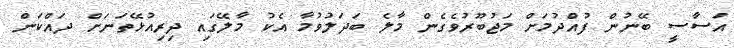
އަސާސީ ބޭނުން ފުއްދުމަށް މަޖުބޫރުވެގެން މާލެ ބަދަލުވުމާ އެކު މާލޭގައި ދިރިއުޅޭތަނަށް ދައްކަން